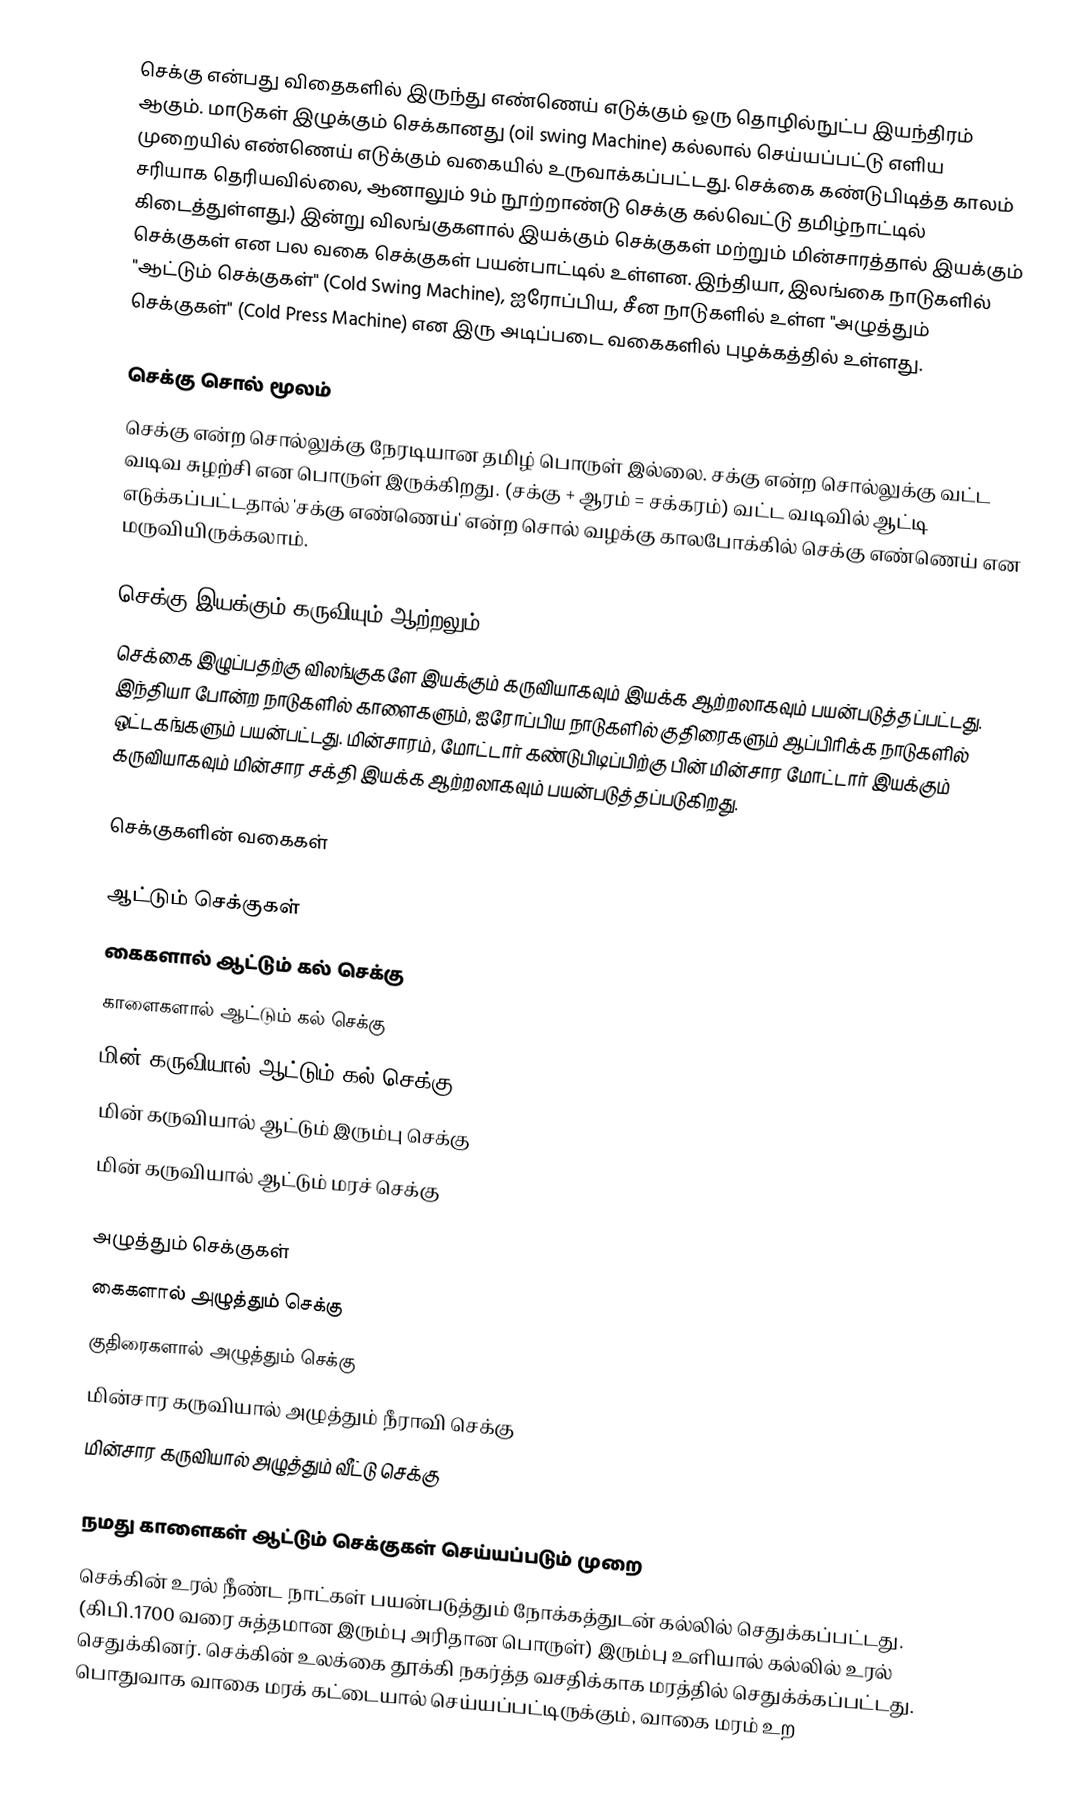
செக்கு என்பது விதைகளில் இருந்து எண்ணெய் எடுக்கும் ஒரு தொழில்நுட்ப இயந்திரம் ஆகும். மாடுகள் இழுக்கும் செக்கானது (oil swing Machine) கல்லால் செய்யப்பட்டு எளிய முறையில் எண்ணெய் எடுக்கும் வகையில் உருவாக்கப்பட்டது. செக்கை கண்டுபிடித்த காலம் சரியாக தெரியவில்லை, ஆனாலும் 9ம் நூற்றாண்டு செக்கு கல்வெட்டு தமிழ்நாட்டில் கிடைத்துள்ளது.) இன்று விலங்குகளால் இயக்கும் செக்குகள் மற்றும் மின்சாரத்தால் இயக்கும் செக்குகள் என பல வகை செக்குகள் பயன்பாட்டில் உள்ளன. இந்தியா, இலங்கை நாடுகளில் "ஆட்டும் செக்குகள்" (Cold Swing Machine), ஐரோப்பிய, சீன நாடுகளில் உள்ள "அழுத்தும் செக்குகள்" (Cold Press Machine) என இரு அடிப்படை வகைகளில் புழக்கத்தில் உள்ளது.

செக்கு சொல் மூலம்
செக்கு என்ற சொல்லுக்கு நேரடியான தமிழ் பொருள் இல்லை. சக்கு என்ற சொல்லுக்கு வட்ட வடிவ சுழற்சி என பொருள் இருக்கிறது. (சக்கு + ஆரம் = சக்கரம்) வட்ட வடிவில் ஆட்டி எடுக்கப்பட்டதால் 'சக்கு எண்ணெய்' என்ற சொல் வழக்கு காலபோக்கில் செக்கு எண்ணெய் என மருவியிருக்கலாம்.

செக்கு இயக்கும் கருவியும் ஆற்றலும்
செக்கை இழுப்பதற்கு விலங்குகளே இயக்கும் கருவியாகவும் இயக்க ஆற்றலாகவும் பயன்படுத்தப்பட்டது. இந்தியா போன்ற நாடுகளில் காளைகளும், ஐரோப்பிய நாடுகளில் குதிரைகளும் ஆப்பிரிக்க நாடுகளில் ஒட்டகங்களும் பயன்பட்டது. மின்சாரம், மோட்டார் கண்டுபிடிப்பிற்கு பின் மின்சார மோட்டார் இயக்கும் கருவியாகவும் மின்சார சக்தி இயக்க ஆற்றலாகவும் பயன்படுத்தப்படுகிறது.

செக்குகளின் வகைகள்

ஆட்டும் செக்குகள்
கைகளால் ஆட்டும் கல் செக்கு
காளைகளால் ஆட்டும் கல் செக்கு
மின் கருவியால் ஆட்டும் கல் செக்கு
மின் கருவியால் ஆட்டும் இரும்பு செக்கு
மின் கருவியால் ஆட்டும் மரச் செக்கு

அழுத்தும் செக்குகள்
 கைகளால் அழுத்தும் செக்கு
 குதிரைகளால் அழுத்தும் செக்கு
 மின்சார கருவியால் அழுத்தும் நீராவி செக்கு
மின்சார கருவியால் அழுத்தும் வீட்டு செக்கு

நமது காளைகள் ஆட்டும் செக்குகள் செய்யப்படும் முறை
செக்கின் உரல் நீண்ட நாட்கள் பயன்படுத்தும் நோக்கத்துடன் கல்லில் செதுக்கப்பட்டது. (கிபி.1700 வரை சுத்தமான இரும்பு அரிதான பொருள்)  இரும்பு உளியால் கல்லில் உரல் செதுக்கினர். செக்கின் உலக்கை தூக்கி நகர்த்த வசதிக்காக மரத்தில் செதுக்க்கப்பட்டது. பொதுவாக வாகை மரக் கட்டையால் செய்யப்பட்டிருக்கும், வாகை மரம் உற